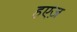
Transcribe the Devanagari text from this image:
हएज़